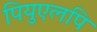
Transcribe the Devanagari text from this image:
पियुएलपि